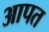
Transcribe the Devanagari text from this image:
आपत